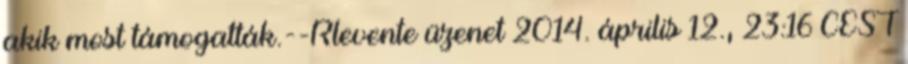
akik most támogatták.--Rlevente üzenet 2014. április 12., 23:16 CEST